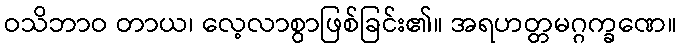
ဝသိဘာဝ တာယ၊ လေ့လာစွာဖြစ်ခြင်း၏။ အရဟတ္တမဂ္ဂက္ခဏေ။